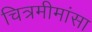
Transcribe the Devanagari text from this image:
चित्रमीमांसा